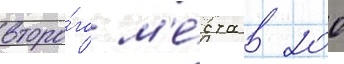
второ́го м'е́ста в 200